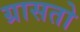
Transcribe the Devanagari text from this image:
ग्रासतो